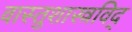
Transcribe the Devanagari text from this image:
वास्तुशास्त्रविद्